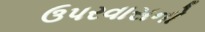
ઉપરવાસનો